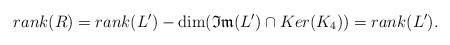
LaTeX: \begin{align*} rank(R)=rank(L')-\dim(\mathfrak{Im}(L') \cap Ker(K_4))=rank(L').\end{align*}